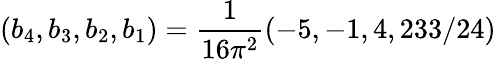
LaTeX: (b_{4},b_{3},b_{2},b_{1})=\frac{1}{16\pi^{2}}(-5,-1,4,233/24)